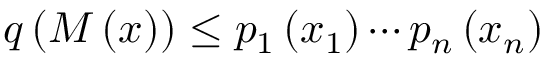
q \left( M \left( x \right) \right) \leq p _ { 1 } \left( x _ { 1 } \right) \cdots p _ { n } \left( x _ { n } \right)